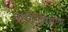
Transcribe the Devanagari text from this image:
कर्मेन्द्रियगणा